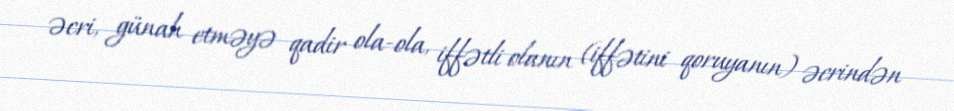
əcri, günah etməyə qadir ola-ola, iffətli olanın (iffətini qoruyanın) əcrindən